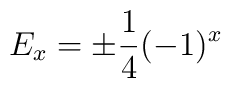
E_{x}=\pm \frac{1}{4}  (-1)^{x}